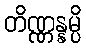
တိဏ္ဏန္နမ္ပိ